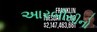
આરબીસીનો